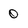
Character: 0